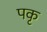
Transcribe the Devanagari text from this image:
पकृ